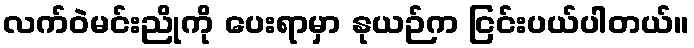
လက်ဝဲမင်းညိုကို ပေးရာမှာ နုယဉ်က ငြင်းပယ်ပါတယ်။